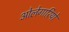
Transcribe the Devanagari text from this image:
ओलेगारियो